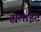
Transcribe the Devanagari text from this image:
ह्यलाइट